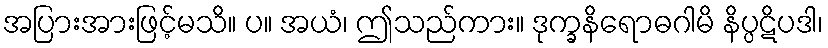
အပြားအားဖြင့်မသိ။ ပ။ အယံ၊ ဤသည်ကား။ ဒုက္ခနိရောဓဂါမိ နိပ္ပဋိပဒါ၊